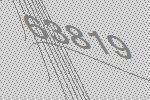
63819